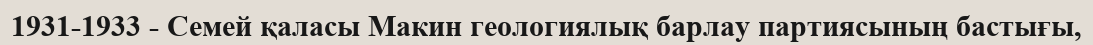
1931-1933 - Семей қаласы Макин геологиялық барлау партиясының бастығы,